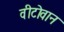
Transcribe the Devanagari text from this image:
वीटोवान